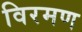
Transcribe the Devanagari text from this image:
विरमण